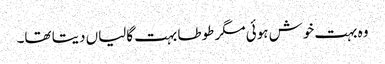
وہ بہت خوش ہوئی مگر طوطا بہت گالیاں دیتا تھا۔